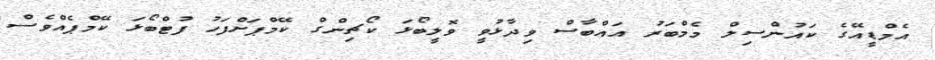
އެމްޑީއޭގެ ކައުންސިލް މެމްބަރު އައްބާސް ވިދާޅުވީ ވޮލީބޯޅަ ކޯޗިންގް ކޭމްޕަށްފަހު ފުޓްބޯޅަ ކޭމްޕެއްވެސް